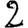
Digit: 2